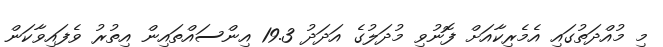
މި މުއްދަތުގައި އެމެރިކާއަށް ފޮނުވި މުދަލުގެ އަދަދު 19.3 އިންސައްތައިން އިތުރު ވެފައިވާކަން